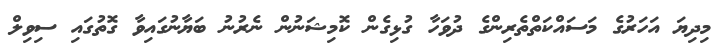
މިދިޔަ އަހަރުގެ މަސައްކަތްތެރިންގެ ދުވަހާ ގުޅިގެން ކޮމިޝަނުން ނެރުނު ބަޔާނުގައިވާ ގޮތުގައި ސިވިލް